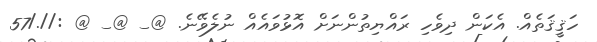
ހަޤީޤަތެއް. އެކަން ދިވެހި ރައްޔިތުންނަށް އޮޅުވައެއް ނުލެވޭނެ. @_ @_ @ ://./57